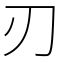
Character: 刃